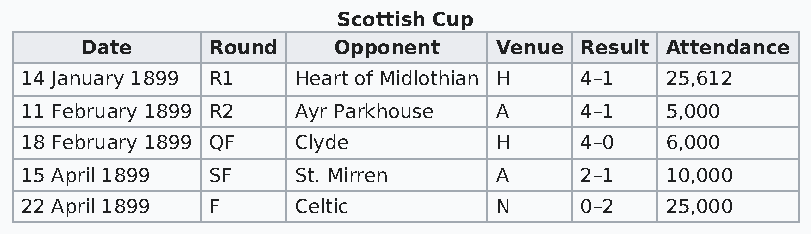
Scottish Cup
 Date     Round   Opponent   Venue Result Attendance
 14 January 1899 R1 Heart of Midlothian H 4–1 25,612
 11 February 1899 R2 Ayr Parkhouse A  4–1   5,000
 18 February 1899 QF Clyde       H    4–0   6,000
 15 April 1899 SF  St. Mirren    A    2–1   10,000
 22 April 1899 F   Celtic        N    0–2   25,000